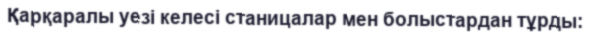
Қарқаралы уезі келесі станицалар мен болыстардан тұрды: